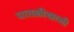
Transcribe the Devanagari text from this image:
पातळीखाली